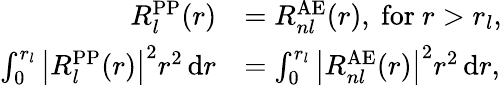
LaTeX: {\begin{array}{rl}{R_{l}^{\mathrm{PP}}(r)}&{=R_{nl}^{\mathrm{AE}}(r),{\mathrm{~for~}}r>r_{l},}\\ {\int_{0}^{r_{l}}{\big|}R_{l}^{\mathrm{PP}}(r){\big|}^{2}r^{2}\, \mathrm{d}r}&{=\int_{0}^{r_{l}}{\big|}R_{nl}^{\mathrm{AE}}(r){\big|}^{2}r^{2}\, \mathrm{d}r,}\end{array}}